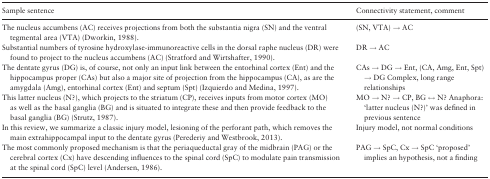
<table><thead><tr><td><b>Sample sentence</b></td><td><b>Connectivity statement, comment</b></td></tr></thead><tbody><tr><td>The nucleus accumbens (AC) receives projections from both the substantia nigra (SN) and the ventral tegmental area (VTA) (Dworkin, 1988).</td><td>(SN, VTA) → AC</td></tr><tr><td>Substantial numbers of tyrosine hydroxylase-immunoreactive cells in the dorsal raphe nucleus (DR) were found to project to the nucleus accumbens (AC) (Stratford and Wirtshafter, 1990).</td><td>DR → AC</td></tr><tr><td>The dentate gyrus (DG) is, of course, not only an input link between the entorhinal cortex (Ent) and the hippocampus proper (CAs) but also a major site of projection from the hippocampus (CA), as are the amygdala (Amg), entorhinal cortex (Ent) and septum (Spt) (Izquierdo and Medina, 1997).</td><td>CAs → DG → Ent, (CA, Amg, Ent, Spt) → DG Complex, long range relationships</td></tr><tr><td>This latter nucleus (N?), which projects to the striatum (CP), receives inputs from motor cortex (MO) as well as the basal ganglia (BG) and is situated to integrate these and then provide feedback to the basal ganglia (BG) (Strutz, 1987).</td><td>MO → N? → CP, BG ↔ N? Anaphora: ‘latter nucleus (N?)’ was defined in previous sentence</td></tr><tr><td>In this review, we summarize a classic injury model, lesioning of the perforant path, which removes the main extrahippocampal input to the dentate gyrus (Perederiy and Westbrook, 2013).</td><td>Injury model, not normal conditions</td></tr><tr><td>The most commonly proposed mechanism is that the periaqueductal gray of the midbrain (PAG) or the cerebral cortex (Cx) have descending influences to the spinal cord (SpC) to modulate pain transmission at the spinal cord (SpC) level (Andersen, 1986).</td><td>PAG → SpC, Cx → SpC ‘proposed’ implies an hypothesis, not a finding</td></tr></tbody></table>